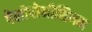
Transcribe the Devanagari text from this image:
पेलोपोनीशियन